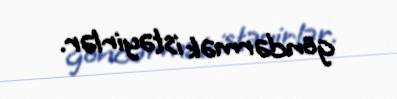
göndərmək istəyirlər.